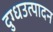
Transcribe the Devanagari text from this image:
दुग्धउत्पादन